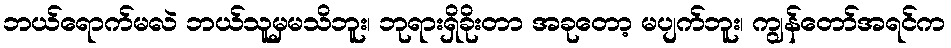
ဘယ်ရောက်မလဲ ဘယ်သူမှမသိဘူး၊ ဘုရားရှိခိုးတာ အခုတော့ မပျက်ဘူး၊ ကျွန်တော်အရင်က